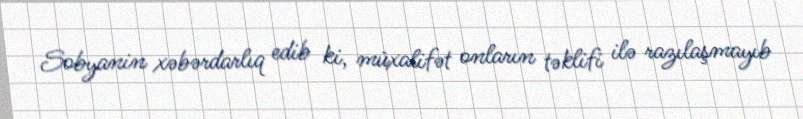
Sobyanin xəbərdarlıq edib ki, müxalifət onların təklifi ilə razılaşmayıb